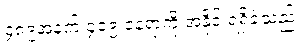
၄၈၉အနက် ၄၀၉ နေရာကို အနိုင် ရရှိခဲ့သည်။